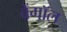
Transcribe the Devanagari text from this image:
बेंगाॅल